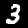
Digit: 3